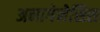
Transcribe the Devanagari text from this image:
अनागेनेसिस